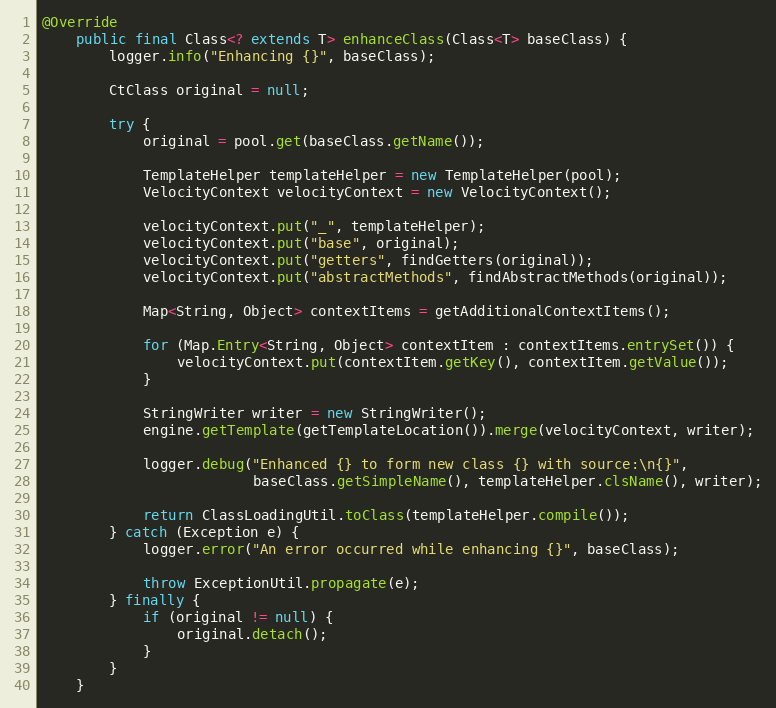
Language: Java
@Override
    public final Class<? extends T> enhanceClass(Class<T> baseClass) {
        logger.info("Enhancing {}", baseClass);

        CtClass original = null;

        try {
            original = pool.get(baseClass.getName());

            TemplateHelper templateHelper = new TemplateHelper(pool);
            VelocityContext velocityContext = new VelocityContext();

            velocityContext.put("_", templateHelper);
            velocityContext.put("base", original);
            velocityContext.put("getters", findGetters(original));
            velocityContext.put("abstractMethods", findAbstractMethods(original));

            Map<String, Object> contextItems = getAdditionalContextItems();

            for (Map.Entry<String, Object> contextItem : contextItems.entrySet()) {
                velocityContext.put(contextItem.getKey(), contextItem.getValue());
            }

            StringWriter writer = new StringWriter();
            engine.getTemplate(getTemplateLocation()).merge(velocityContext, writer);

            logger.debug("Enhanced {} to form new class {} with source:\n{}",
                         baseClass.getSimpleName(), templateHelper.clsName(), writer);

            return ClassLoadingUtil.toClass(templateHelper.compile());
        } catch (Exception e) {
            logger.error("An error occurred while enhancing {}", baseClass);

            throw ExceptionUtil.propagate(e);
        } finally {
            if (original != null) {
                original.detach();
            }
        }
    }